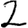
Digit: 2